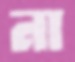
না